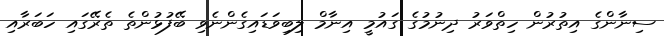
ސިނާންގެ އިތުރުން ހިތްވަރު ދިނުމުގެ ގައުމީ އިނާމް ލިބިވަޑައިގެންނެވި ބޭފުޅުންތެ ތެރޭގައި ހަބަރާއި